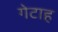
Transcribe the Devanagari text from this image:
गेटाह